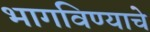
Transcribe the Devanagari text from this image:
भागविण्याचे